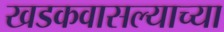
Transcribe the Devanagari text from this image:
खडकवासल्याच्या